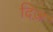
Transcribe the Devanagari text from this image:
दिज़